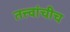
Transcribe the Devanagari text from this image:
तत्त्वांचीच